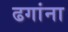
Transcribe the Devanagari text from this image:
ढगांना